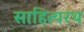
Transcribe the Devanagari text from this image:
साहित्यरथ